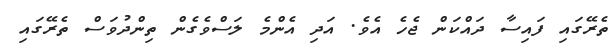
ތެރޭގައި ފައިސާ ދައްކަން ޖެހެ އެވެ. އަދި އެންމެ ލަސްވެގެން ތިންދުވަސް ތެރޭގައި